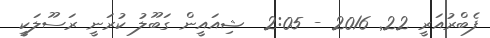
ފެބްރުއަރީ 22